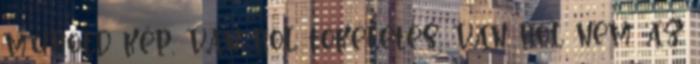
mûhold kép, van hol tökéletes, van hol nem az